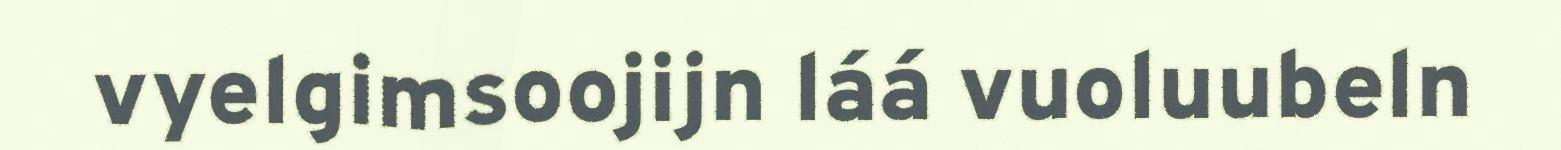
vyelgimsoojijn láá vuoluubeln